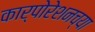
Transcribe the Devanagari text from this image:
कार्पोरेशनच्या